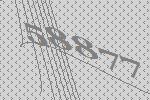
58877